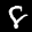
Label: 8